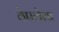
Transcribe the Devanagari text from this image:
ठेपलेला